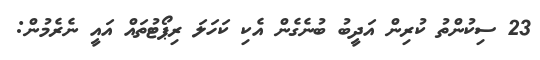
23 ސިކުންތު ކުރިން އަދީބު ބުނެގެން އެކި ކަހަލަ ރިޕޯޓުތައް އައީ ނެރެމުން: